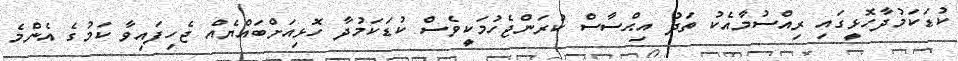
ކުޑަކަމުދާހޮޅީގައި ރިއްސުމާއެކު ތަދު އިޙްސާސް ކުރަންޖެހުމަކީވެސް ކުޑަކަމުދާ ހޮޅިއަށްބައްޔެއް ޖެހިފައިވާ ކަމުގެ އެންމެ